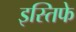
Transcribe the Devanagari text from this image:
इस्तिफे